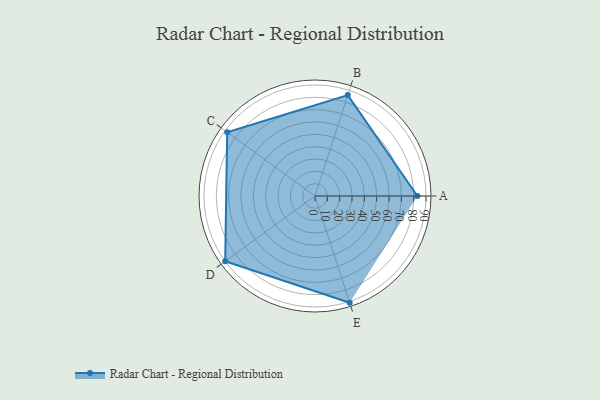
{"axis": {"x": "Skill", "y": "Score"}, "legend": ["Profile"], "data": [{"x": "A", "y": 83.0, "type": "Profile"}, {"x": "B", "y": 86.0, "type": "Profile"}, {"x": "C", "y": 88.0, "type": "Profile"}, {"x": "D", "y": 90.0, "type": "Profile"}, {"x": "E", "y": 91.0, "type": "Profile"}]}